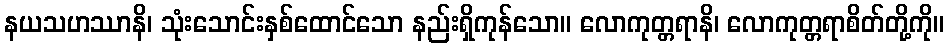
နယသဟဿာနိ၊ သုံးသောင်းနှစ်ထောင်သော နည်းရှိကုန်သော။ လောကုတ္တရာနိ၊ လောကုတ္တရာစိတ်တို့ကို။